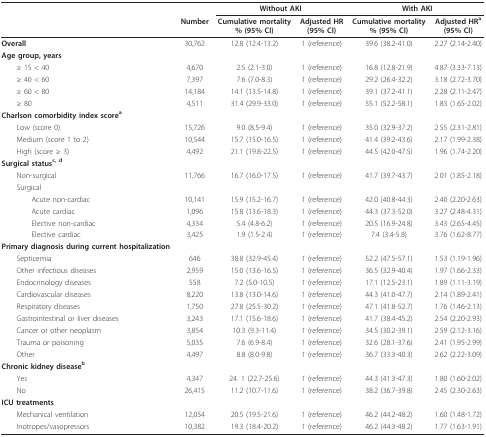
<table><thead><tr><td>[EMPTY_CELL]</td><td>[EMPTY_CELL]</td><td colspan="2"><b>Without AKI</b></td><td colspan="2"><b>With AKI</b></td></tr><tr><td>[EMPTY_CELL]</td><td><b>Number</b></td><td><b>Cumulative mortality% (95% CI)</b></td><td><b>Adjusted HR(95% CI)</b></td><td><b>Cumulative mortality% (95% CI)</b></td><td><b>Adjusted HR<sup>a</sup>(95% CI)</b></td></tr></thead><tbody><tr><td><b>Overall</b></td><td>30,762</td><td>12.8 (12.4-13.2)</td><td>1 (reference)</td><td>39.6 (38.2-41.0)</td><td>2.27 (2.14-2.40)</td></tr><tr><td><b>Age group, years</b></td><td>[EMPTY_CELL]</td><td>[EMPTY_CELL]</td><td>[EMPTY_CELL]</td><td>[EMPTY_CELL]</td><td>[EMPTY_CELL]</td></tr><tr><td> ≥ 15 &lt; 40</td><td>4,670</td><td>2.5 (2.1-3.0)</td><td>1 (reference)</td><td>16.8 (12.8-21.9)</td><td>4.87 (3.33-7.13)</td></tr><tr><td> ≥ 40 &lt; 60</td><td>7,397</td><td>7.6 (7.0-8.3)</td><td>1 (reference)</td><td>29.2 (26.4-32.2)</td><td>3.18 (2.72-3.70)</td></tr><tr><td> ≥ 60 &lt; 80</td><td>14,184</td><td>14.1 (13.5-14.8)</td><td>1 (reference)</td><td>39.1 (37.2-41.1)</td><td>2.28 (2.11-2.47)</td></tr><tr><td> ≥ 80</td><td>4,511</td><td>31.4 (29.9-33.0)</td><td>1 (reference)</td><td>55.1 (52.2-58.1)</td><td>1.83 (1.65-2.02)</td></tr><tr><td><b>Charlson comorbidity index score<sup>a</sup></b></td><td>[EMPTY_CELL]</td><td>[EMPTY_CELL]</td><td>[EMPTY_CELL]</td><td>[EMPTY_CELL]</td><td>[EMPTY_CELL]</td></tr><tr><td> Low (score 0)</td><td>15,726</td><td>9.0 (8.5-9.4)</td><td>1 (reference)</td><td>35.0 (32.9-37.2)</td><td>2.55 (2.31-2.81)</td></tr><tr><td> Medium (score 1 to 2)</td><td>10,544</td><td>15.7 (15.0-16.5)</td><td>1 (reference)</td><td>41.4 (39.2-43.6)</td><td>2.17 (1.99-2.38)</td></tr><tr><td> High (score ≥ 3)</td><td>4,492</td><td>21.1 (19.8-22.5)</td><td>1 (reference)</td><td>44.5 (42.0-47.5)</td><td>1.96 (1.74-2.20)</td></tr><tr><td><b>Surgical status<sup>c, d</sup></b></td><td>[EMPTY_CELL]</td><td>[EMPTY_CELL]</td><td>[EMPTY_CELL]</td><td>[EMPTY_CELL]</td><td>[EMPTY_CELL]</td></tr><tr><td> Non-surgical</td><td>11,766</td><td>16.7 (16.0-17.5)</td><td>1 (reference)</td><td>41.7 (39.7-43.7)</td><td>2.01 (1.85-2.18)</td></tr><tr><td> Surgical</td><td>[EMPTY_CELL]</td><td>[EMPTY_CELL]</td><td>[EMPTY_CELL]</td><td>[EMPTY_CELL]</td><td>[EMPTY_CELL]</td></tr><tr><td>Acute non-cardiac</td><td>10,141</td><td>15.9 (15.2-16.7)</td><td>1 (reference)</td><td>42.0 (40.8-44.3)</td><td>2.40 (2.20-2.63)</td></tr><tr><td>Acute cardiac</td><td>1,096</td><td>15.8 (13.6-18.3)</td><td>1 (reference)</td><td>44.3 (37.3-52.0)</td><td>3.27 (2.48-4.31)</td></tr><tr><td>Elective non-cardiac</td><td>4,334</td><td>5.4 (4.8-6.2)</td><td>1 (reference)</td><td>20.5 (16.9-24.8)</td><td>3.43 (2.65-4.45)</td></tr><tr><td>Elective cardiac</td><td>3,425</td><td>1.9 (1.5-2.4)</td><td>1 (reference)</td><td>7.4 (3.4-5.8)</td><td>3.76 (1.62-8.77)</td></tr><tr><td><b>Primary diagnosis during current hospitalization</b></td><td>[EMPTY_CELL]</td><td>[EMPTY_CELL]</td><td>[EMPTY_CELL]</td><td>[EMPTY_CELL]</td><td>[EMPTY_CELL]</td></tr><tr><td> Septicemia</td><td>646</td><td>38.8 (32.9-45.4)</td><td>1 (reference)</td><td>52.2 (47.5-57.1)</td><td>1.53 (1.19-1.96)</td></tr><tr><td> Other infectious diseases</td><td>2,959</td><td>15.0 (13.6-16.5)</td><td>1 (reference)</td><td>36.5 (32.9-40.4)</td><td>1.97 (1.66-2.33)</td></tr><tr><td> Endocrinology diseases</td><td>558</td><td>7.2 (5.0-10.5)</td><td>1 (reference)</td><td>17.1 (12.5-23.1)</td><td>1.89 (1.11-3.19)</td></tr><tr><td> Cardiovascular diseases</td><td>8,220</td><td>13.8 (13.0-14.6)</td><td>1 (reference)</td><td>44.3 (41.0-47.7)</td><td>2.14 (1.89-2.41)</td></tr><tr><td> Respiratory diseases</td><td>1,750</td><td>27.8 (25.5-30.2)</td><td>1 (reference)</td><td>47.1 (41.8-52.7)</td><td>1.76 (1.46-2.13)</td></tr><tr><td> Gastrointestinal or liver diseases</td><td>3,243</td><td>17.1 (15.6-18.6)</td><td>1 (reference)</td><td>41.7 (38.4-45.2)</td><td>2.54 (2.20-2.93)</td></tr><tr><td> Cancer or other neoplasm</td><td>3,854</td><td>10.3 (9.3-11.4)</td><td>1 (reference)</td><td>34.5 (30.2-39.1)</td><td>2.59 (2.12-3.16)</td></tr><tr><td> Trauma or poisoning</td><td>5,035</td><td>7.6 (6.9-8.4)</td><td>1 (reference)</td><td>32.6 (28.1-37.6)</td><td>2.41 (1.95-2.99)</td></tr><tr><td> Other</td><td>4,497</td><td>8.8 (8.0-9.8)</td><td>1 (reference)</td><td>36.7 (33.3-40.3)</td><td>2.62 (2.22-3.09)</td></tr><tr><td><b>Chronic kidney disease<sup>b</sup></b></td><td>[EMPTY_CELL]</td><td>[EMPTY_CELL]</td><td>[EMPTY_CELL]</td><td>[EMPTY_CELL]</td><td>[EMPTY_CELL]</td></tr><tr><td> Yes</td><td>4,347</td><td>24. 1 (22.7-25.6)</td><td>1 (reference)</td><td>44.3 (41.3-47.3)</td><td>1.80 (1.60-2.02)</td></tr><tr><td> No</td><td>26,415</td><td>11.2 (10.7-11.6)</td><td>1 (reference)</td><td>38.2 (36.7-39.8)</td><td>2.45 (2.30-2.63)</td></tr><tr><td><b>ICU treatments</b></td><td>[EMPTY_CELL]</td><td>[EMPTY_CELL]</td><td>[EMPTY_CELL]</td><td>[EMPTY_CELL]</td><td>[EMPTY_CELL]</td></tr><tr><td> Mechanical ventilation</td><td>12,054</td><td>20.5 (19.5-21.6)</td><td>1 (reference)</td><td>46.2 (44.2-48.2)</td><td>1.60 (1.48-1.72)</td></tr><tr><td> Inotropes/vasopressors</td><td>10,382</td><td>19.3 (18.4-20.2)</td><td>1 (reference)</td><td>46.2 (44.3-48.2)</td><td>1.77 (1.63-1.91)</td></tr></tbody></table>